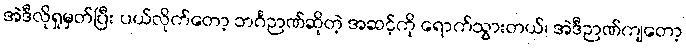
အဲဒီလိုရှုမှတ်ပြီး ပယ်လိုက်တော့ ဘင်္ဂဉာဏ်ဆိုတဲ့ အဆင့်ကို ရောက်သွားတယ်၊ အဲဒီဉာဏ်ကျတော့